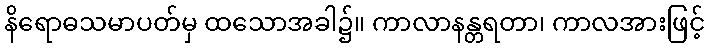
နိရောဓသမာပတ်မှ ထသောအခါ၌။ ကာလာနန္တရတာ၊ ကာလအားဖြင့်